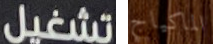
تشغيل الماكياج